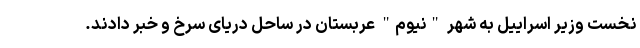
نخست وزیر اسراییل به شهر "نیوم" عربستان در ساحل دریای سرخ و خبر دادند.